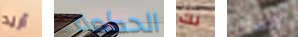
أريد الحكماء لك الشارب